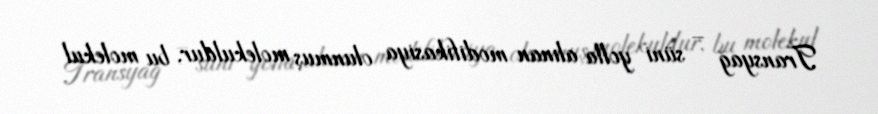
Transyağ – süni yolla alınan modifikasiya olunmuş molekuldur, bu molekul